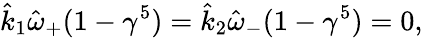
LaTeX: \hat{k}_{1}\hat{\omega}_{+}(1-\gamma^{5})=\hat{k}_{2}\hat{\omega}_{-}(1-\gamma^{5})=0,